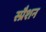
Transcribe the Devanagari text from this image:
स्प्रैशन